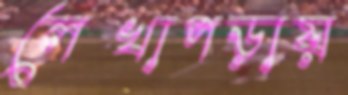
লেখাপড়ায়